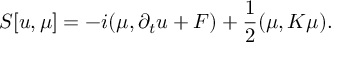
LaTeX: S [ { u } , { \mu } ] = - i ( { \mu } , \partial _ { t } { u } + { \cal F } ) + \frac { 1 } { 2 } ( { \mu } , K { \mu } ) .